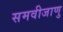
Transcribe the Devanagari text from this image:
समवीजाणु